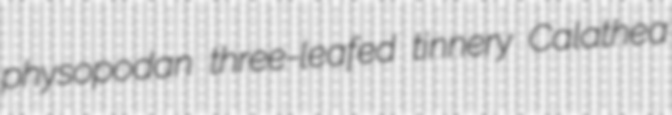
physopodan three-leafed tinnery Calathea